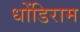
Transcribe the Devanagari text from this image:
धोंडिराम